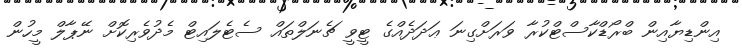
އިންޑިޔާއިން ބްރޯޑްކާސްޓްކުރާ ވަރަށްގިނަ ޢަދަދެއްގެ ޓީވީ ޗެނަލްތައް ސެޓެލައިޓް މެދުވެރިކޮށް ނޭޕާލް މީހުން